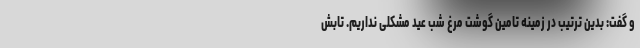
و گفت: بدین ترتیب در زمینه تامین گوشت مرغ شب عید مشکلی نداریم. تابش